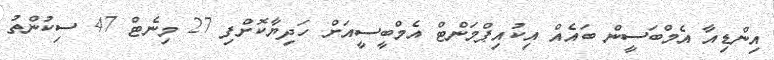
އިންޑިއާ އެމްބަސީން ބައެއް އިކުއިޕްމަންޓް އެމްބީސީއަށް ހަދިޔާކޮށްފި 27 މިނެޓް 47 ސިކުންތު